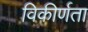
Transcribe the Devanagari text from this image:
विकीर्णता